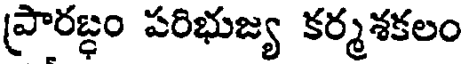
ప్రారబ్ధం పరిభుజ్య కర్మశకలం